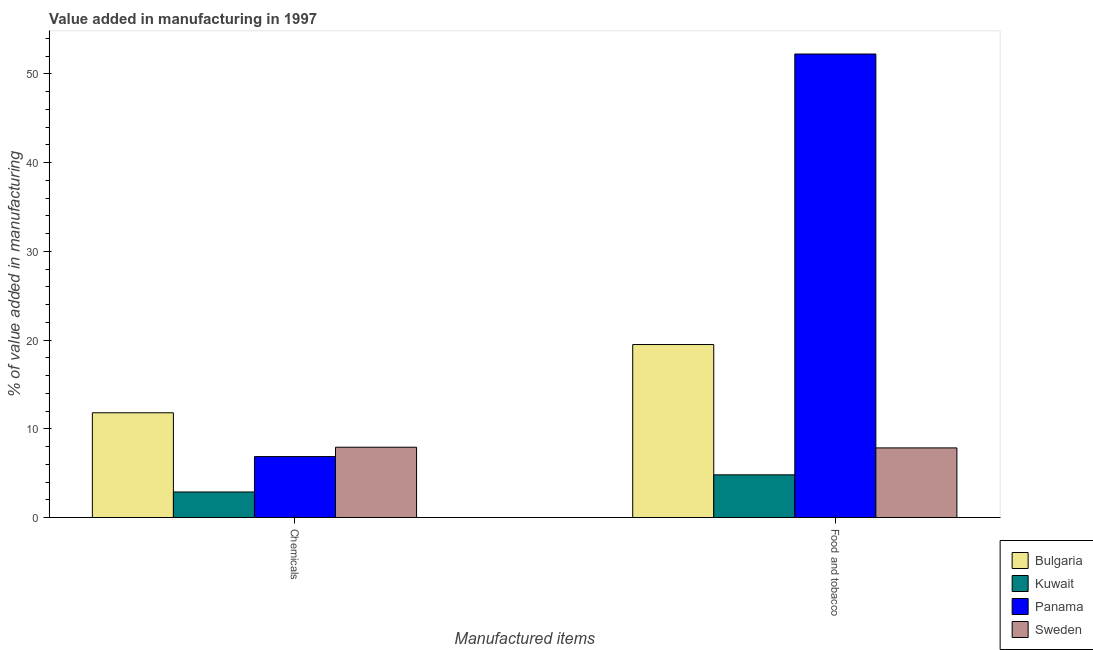
| Manufactured items | Bulgaria | Kuwait | Panama | Sweden |
 | --- | --- | --- | --- | --- |
 | Chemicals | 11.8 | 2.88 | 6.87 | 7.93 |
 | Food and tobacco | 19.5 | 4.81 | 52.2 | 7.85 |